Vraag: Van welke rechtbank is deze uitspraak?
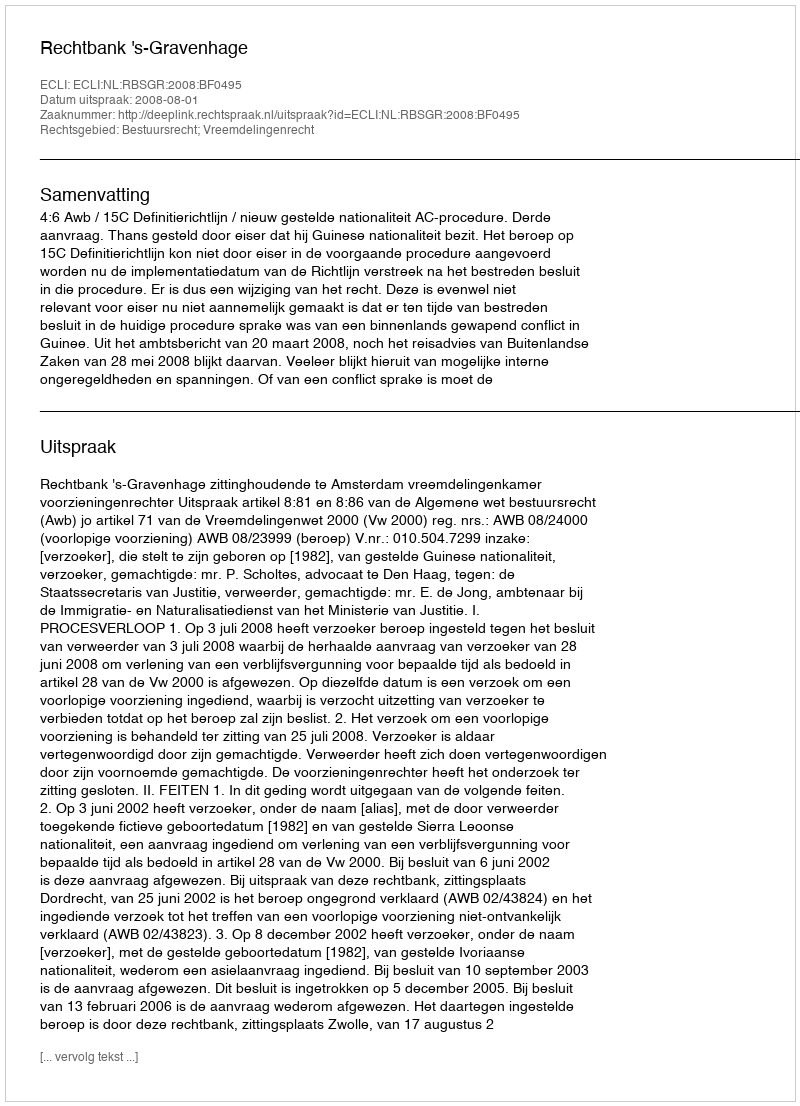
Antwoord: Rechtbank 's-Gravenhage